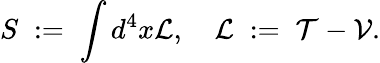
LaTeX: S\; :=\; \int{d^{4}x}{\cal L},\quad{\cal L}\; :=\; {\cal T}-{\cal V}.